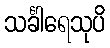
သင်္ခါရေသုပိ